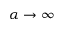
\alpha \to \infty